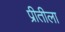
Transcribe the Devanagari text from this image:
प्रीतीला